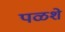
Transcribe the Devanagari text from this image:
पळशे